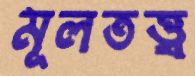
মূলতত্ত্ব